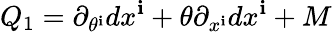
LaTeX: Q_{1}=\partial_{\theta^{\mathbf{i}}}dx^{\mathbf{i}}+\theta\partial_{x^{\mathbf{i}}}dx^{\mathbf{i}}+M